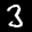
Label: 3